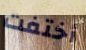
أختفت